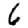
Digit: 6